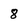
Character: 8